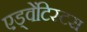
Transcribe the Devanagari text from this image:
एड्वेंटिस्टस